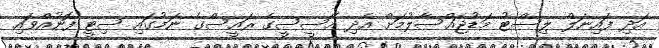
އަދި ފައިނަލް ލިސްޓު މަޑުޖައްސާލުމަށް އެދި އޭސީސީގެ ރައީސްގެ ނަމުގައި ސިޓީ ފޮނުއްވައި